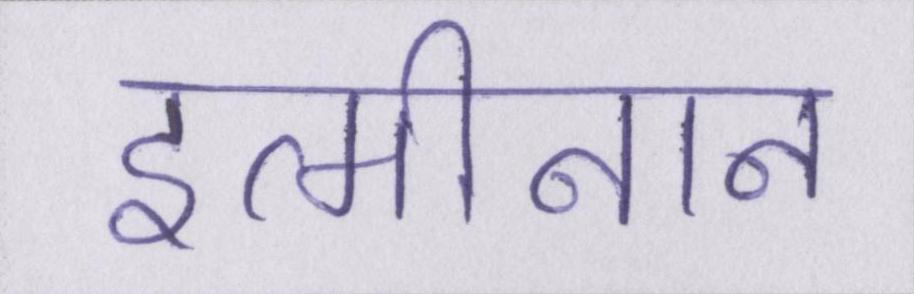
इत्मीनान